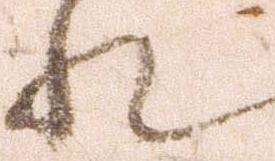
れ